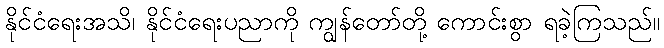
နိုင်ငံရေးအသိ၊ နိုင်ငံရေးပညာကို ကျွန်တော်တို့ ကောင်းစွာ ရခဲ့ကြသည်။